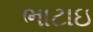
ભાટાઇ